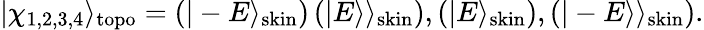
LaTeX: |\chi_{1,2,3,4}\rangle_{\mathrm{topo}}=\left(\begin{array}{c}{|-E\rangle_{\mathrm{skin}}}\end{array}\right)\left(\begin{array}{c}{|E\rangle\rangle_{\mathrm{skin}}}\end{array}\right),\left(\begin{array}{c}{|E\rangle_{\mathrm{skin}}}\end{array}\right),\left(\begin{array}{c}{|-E\rangle\rangle_{\mathrm{skin}}}\end{array}\right).